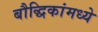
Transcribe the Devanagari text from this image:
बौद्धिकांमध्ये